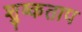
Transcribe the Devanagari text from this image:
शुष्कताप